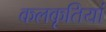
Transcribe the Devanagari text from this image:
कलकृतियां